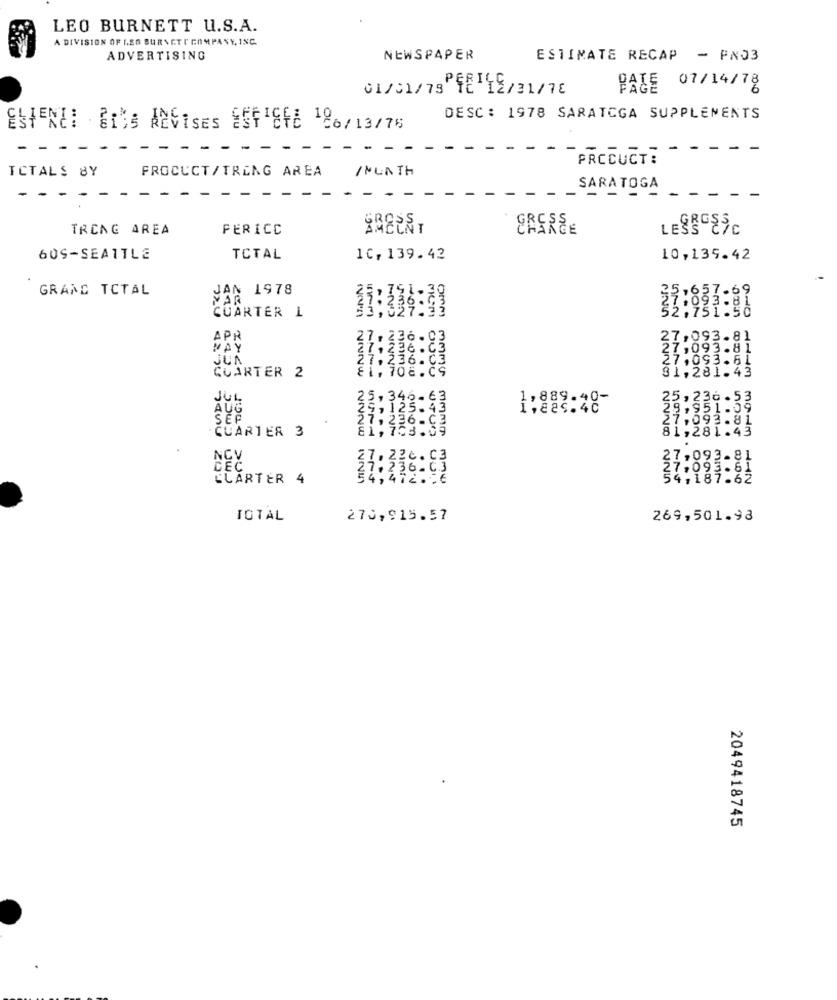
LEO BURNETT U.S.A.
A DIVISION OF LEG BURNCTI COMPANY, INC.
ADVERTISING
NEWSPAPER
ESTIMATE RECAP - PN03
07/14/78
01/01/79 1E 12/31/76
DATE
DESC : 1978 SARATOGA SUPPLEMENTS
ESTENE: BIDS AZVISES SSFTEFE 186/13/76
- - -
-
PRODUCT:
PROCUCT/TRING AREA
/NUNTH
ICTALS BY
SARATOGA
- -
TRCNG AREA
PERICC
GREENT
LESS 27C
60S-SEATTLE
TOTAL
1℃, 139.42
10,139.42
GRAND TOTAL
JAN 1978
VAR
CUARTER 1
now
-m-
لمالـ
APR
36.
27,09
MAY
JUA
CUARTER 2
27,093-81
27.09
NONW
81,281.43
JUL
25.346-63
25,236.53
AUG
25,125:43
28,951.59
SEP
27,093.81
GUARTER 3
27,236-C3
81,281.43
NCY
27. 22c . c3
27,093.81
27. 236-93
CLARTER 4
4,4
27,093.64
54,187.62
TOTAL
270,915.57
269,501.98
2049418745